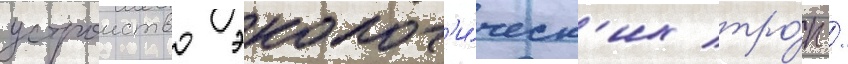
устроиство эколог'и́ческ'их тро́п /